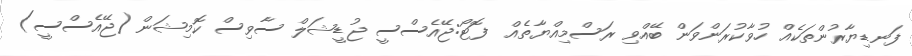
ފަނޑިޔާރުންތަކެއް ހުވާކުރަންވަން ބޭއްވި ރަސްމިއްޔާތެއް  ފޮޓޯ:ޖޭއެސްސީ ޖުޑީޝަލް ސާވިސް ކޮމިޝަން (ޖޭއެސްސީ)